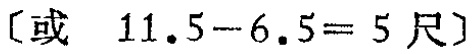
〔或 \(11.5 - 6.5 = 5\) 尺〕